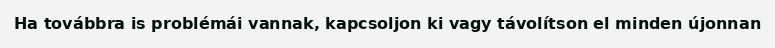
Ha továbbra is problémái vannak, kapcsoljon ki vagy távolítson el minden újonnan